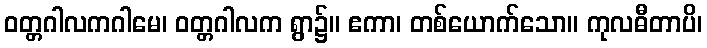
ဝတ္တဂါလကဂါမေ၊ ဝတ္တဂါလက ရွာ၌။ ဧကာ၊ တစ်ယောက်သော။ ကုလဓီတာပိ၊